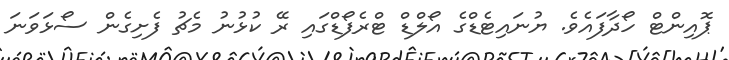
ޕޮއިންޓް ހޯދާފައެވެ. ޔުނައިޓެޑްގެ އޯލްޑް ޓްރެފޯޑްގައި ރޭ ކުޅުނު މެޗު ފެށިގެން ސޯޅަވަނަ